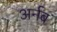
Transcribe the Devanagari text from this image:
अर्नब